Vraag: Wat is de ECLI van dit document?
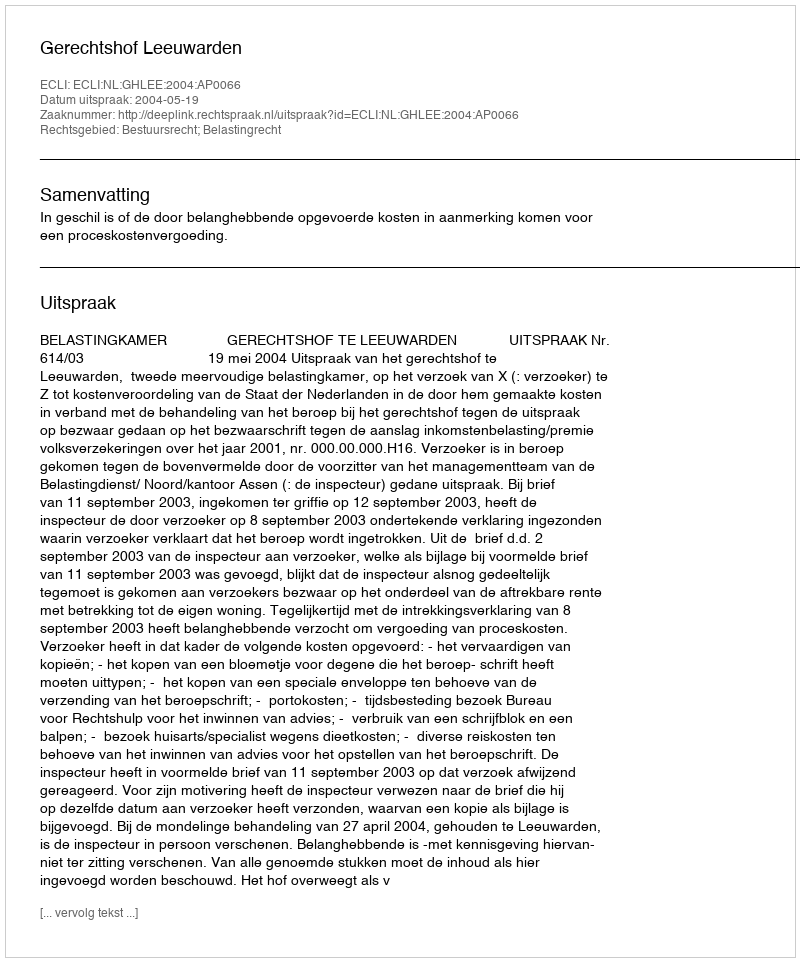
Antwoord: ECLI:NL:GHLEE:2004:AP0066